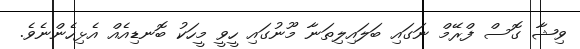
ވިޝާ ގޮސް ފްރޭމް ނަގައި ބަލައިލިތަނާ މޫނުގައި ހީވީ މީހަކު ބޮނޑިއެއް އެޅިހެންނެވެ.